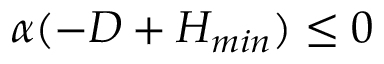
\alpha ( - D + H _ { m i n } ) \leq 0